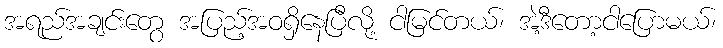
အရည်အချင်းတွေ အပြည့်အဝရှိနေပြီလို့ ငါမြင်တယ်၊ အဲ့ဒီတော့ငါပြောမယ်၊